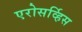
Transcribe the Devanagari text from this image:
एरोसर्व्हिस